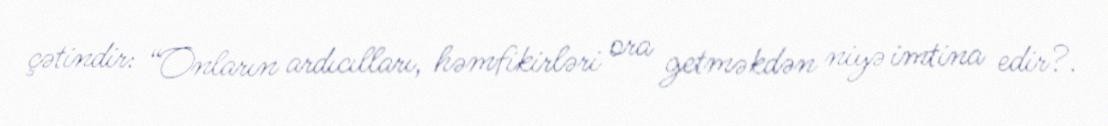
çətindir: “Onların ardıcılları, həmfikirləri ora getməkdən niyə imtina edir?.